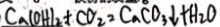
C a ( O H ) _ { 2 } + C O _ { 2 } = C a C O _ { 3 } \downarrow + H _ { 2 } O